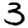
Digit: 3